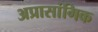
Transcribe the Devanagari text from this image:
अप्रासांगिक